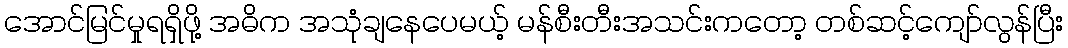
အောင်မြင်မှုရရှိဖို့ အဓိက အသုံချနေပေမယ့် မန်စီးတီးအသင်းကတော့ တစ်ဆင့်ကျော်လွန်ပြီး